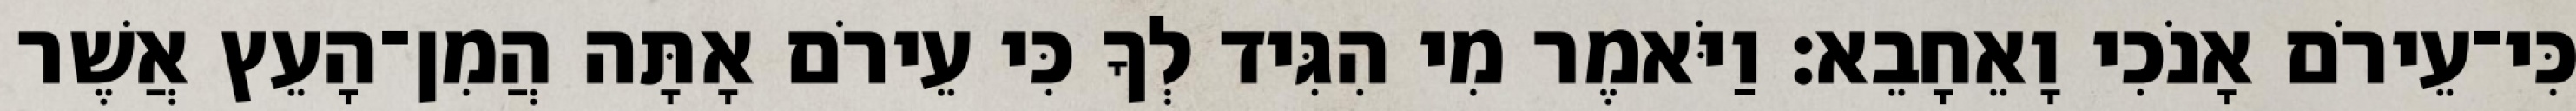
כִּי־עֵירֹם אָנֹכִי וָאֵחָבֵא׃ וַיֹּאמֶר מִי הִגִּיד לְךָ כִּי עֵירֹם אָתָּה הֲמִן־הָעֵץ אֲשֶׁר